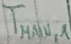
Text: TMAIN,1